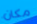
مكان